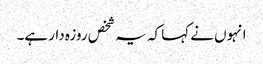
انہوں نے کہا کہ یہ شخص روزہ دار ہے۔